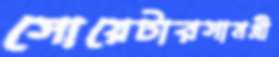
সোয়েটারসামগ্রী